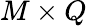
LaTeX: M\times Q